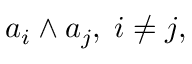
a _ { i } \wedge a _ { j } , \; i \neq j ,